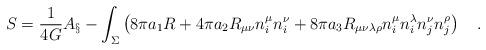
LaTeX: \begin{align*}S={1 \over 4G} A_\S -\int_{\Sigma}\left( 8\pi a_1 R+ 4\pi a_2R_{\mu\nu}n^{\mu}_in^{\nu}_i+8\pi a_3 R_{\mu\nu\lambda\rho}n^{\mu}_in^{\lambda}_in^{\nu}_jn^{\rho}_j\right)~~~.\end{align*}